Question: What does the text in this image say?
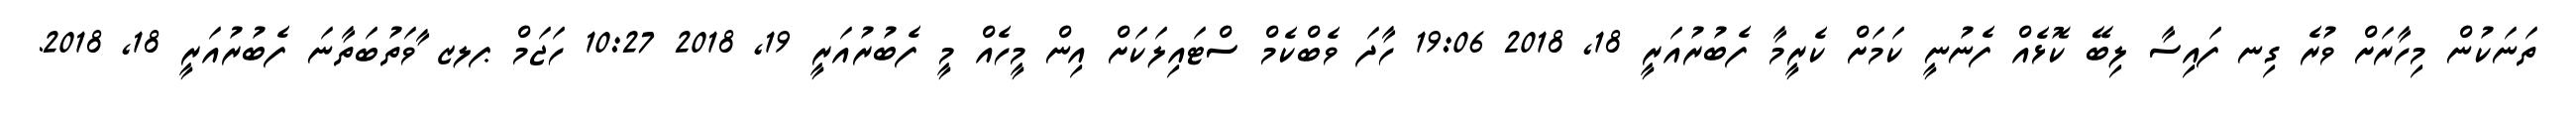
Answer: ތަނަކުން މިހާރަށް ވުރެ ގިނ ފައިސާ ލިބޭ ކޮޅެއް ފެނުނީ ކަމަށް ކެރީމާ ފެބުރުއަރީ 18, 2018 19:06 ހާދަ ވެބްކެމް ސްޓައިލަކަށް އިން މީހެއް މީ ފެބުރުއަރީ 19, 2018 10:27 ހަޖަމް ޕލޒ ާވަތުބަތާނަ ފެބުރުއަރީ 18, 2018.